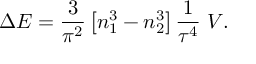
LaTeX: \Delta E = { \frac { 3 } { \pi ^ { 2 } } } \left[ n _ { 1 } ^ { 3 } - n _ { 2 } ^ { 3 } \right] { \frac { 1 } { \tau ^ { 4 } } } \; V .